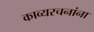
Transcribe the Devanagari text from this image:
काव्यरचनांना